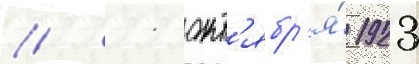
// 11 окт'ябр'я́ 1923